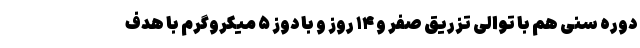
دوره سنی هم با توالی تزریق صفر و ۱۴ روز و با دوز ۵ میکروگرم با هدف